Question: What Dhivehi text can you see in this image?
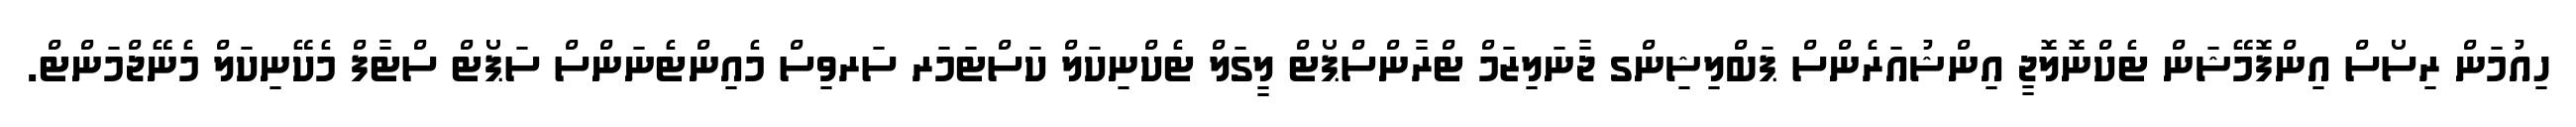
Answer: ހިއުމަން ރިސޯސް އިންފޮމޭޝަން ޓެކްނޮލޮޖީ އިންޝުއަރެންސް ޕަބްލިޝިންގ ޖާނަލިޒަމް ޓްރާންސްޕޯޓް ލީގަލް ޓެކްނިކަލް ކަސްޓަމަރ ސަރވިސް މެއިންޓެނަންސް ސަޕޯޓް ސްޓާފް މެކޭނިކަލް މެނޭޖްމަންޓް.